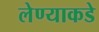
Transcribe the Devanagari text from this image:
लेण्याकडे